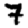
Digit: 7